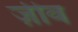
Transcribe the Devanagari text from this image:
ज़ीव